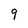
Character: 9